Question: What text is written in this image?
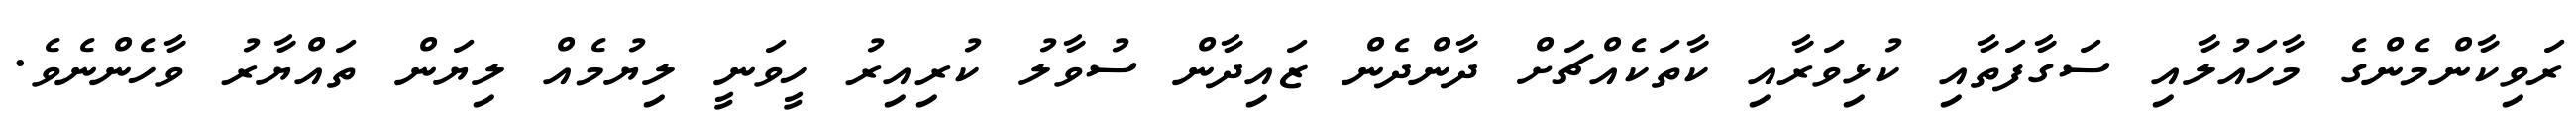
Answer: ރަވިކާންމެންގެ މާހައުލާއި ސަގާފަތާއި ކުޅިވަރާއި ކާތަކެއްޗަށް ދާންދެން ޒައިދާން ސުވާލު ކުރިއިރު ހީވަނީ ލިޔުމެއް ލިޔަން ތައްޔާރު ވާހެންނެވެ.